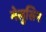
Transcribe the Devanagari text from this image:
मेलुसिन